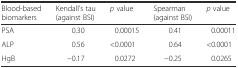
<table><thead><tr><td><b>Blood-based biomarkers</b></td><td><b>Kendall’s tau (against BSI)</b></td><td><b><i>p</i> value</b></td><td><b>Spearman (against BSI)</b></td><td><b><i>p</i> value</b></td></tr></thead><tbody><tr><td>PSA</td><td>0.30</td><td>0.00015</td><td>0.41</td><td>0.00011</td></tr><tr><td>ALP</td><td>0.56</td><td>&lt;0.0001</td><td>0.64</td><td>&lt;0.0001</td></tr><tr><td>HgB</td><td>−0.17</td><td>0.0272</td><td>−0.25</td><td>0.0265</td></tr></tbody></table>